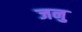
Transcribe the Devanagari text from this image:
जनु